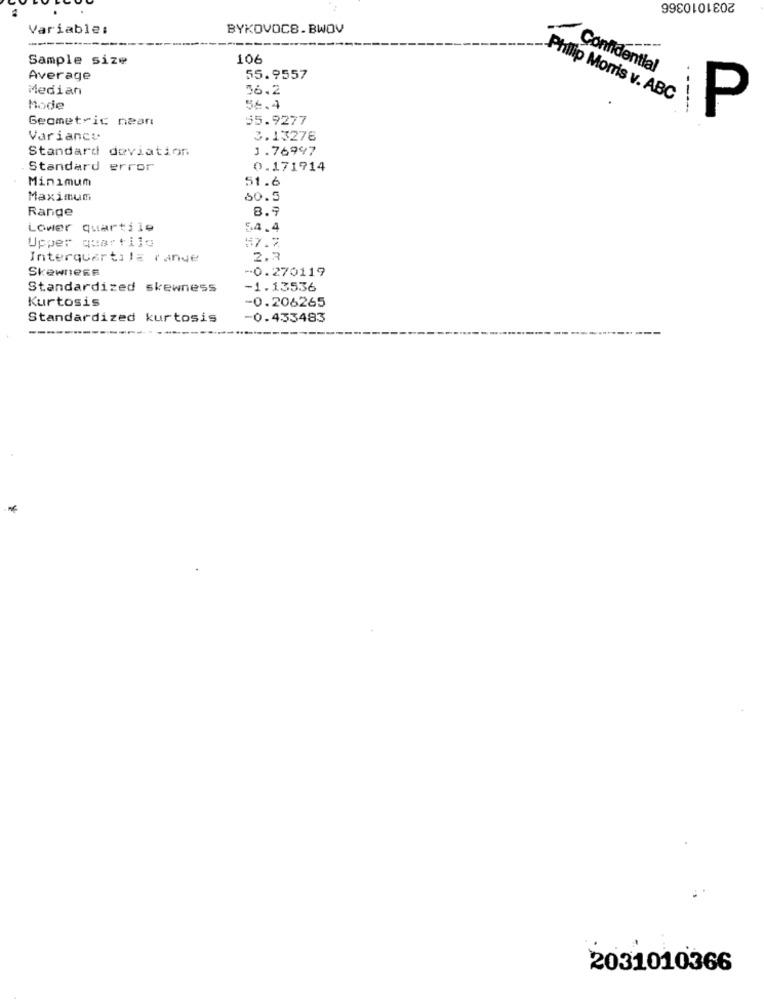
2031010366
Variable:
BYKOVOC8.BWOV
Sample size
106
Confidential
Average
55.9557
Median
56.2
Philip Morris v. ABC
Mode
56.4
Geometric near
55.9277
P
Variance.
3.13278
Standard deviation
1.76997
Standard error
0.171914
Minimum
51.6
Maximum
60.5
Range
8.9
Lower quartile
54.4
Upper quartile
57.7
Interquartile rande
2.2
Skewness
-0.270119
Standardized skewness
-1.13536
Kurtosis
-0.206265
Standardized kurtosis
-0.433483
2031010366